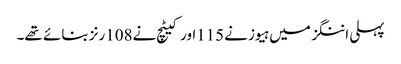
پہلی اننگز میں ہیوز نے115اور کیٹچ نے108رنز بنائے تھے۔